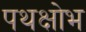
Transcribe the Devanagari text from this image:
पथक्षोभ